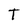
Character: T